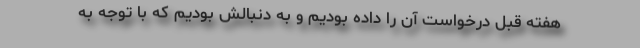
هفته قبل درخواست آن را داده بودیم و به دنبالش بودیم که با توجه به